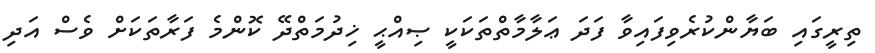
ތިރީގައި ބަޔާންކުރެވިފައިވާ ފަދަ ޢަލާމާތްތަކަކީ ޞިއްޙީ ޚިދުމަތްދޭ ކޮންމެ ފަރާތަކަށް ވެސް އަދި